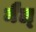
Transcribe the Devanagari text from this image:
मैल्